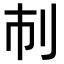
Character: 𠚷